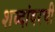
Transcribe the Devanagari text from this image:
शब्दांवरची